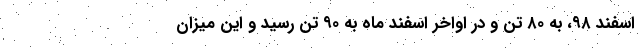
اسفند ۹۸، به ۸۰ تن و در اواخر اسفند ماه به ۹۰ تن رسید و این میزان